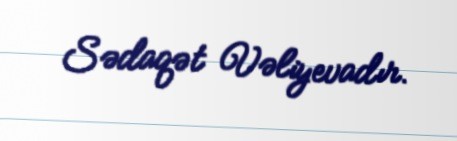
Sədaqət Vəliyevadır.